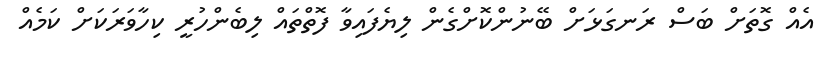
އެއް ގޮތަށް ބަސް ރަނގަޅަށް ބޭނުންކޮށްގެން ލިޔެފައިވާ ފޮތްތައް ލިބެންހުރީ ކިހާވަރަކަށް ކަމެއް